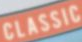
CLASSIC